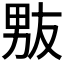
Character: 𰣊